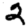
Digit: 2